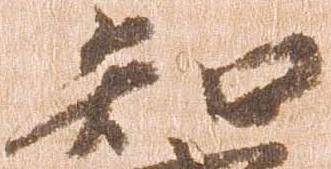
知